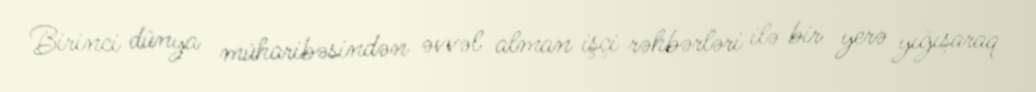
Birinci dünya müharibəsindən əvvəl alman işçi rəhbərləri ilə bir yerə yığışaraq